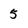
Character: 5